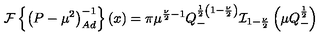
{ \cal { F } } \left\{ \left( P - { \mu } ^ { 2 } \right) _ { A d } ^ { - 1 } \right\} ( x ) = \pi { \mu } ^ { \frac { \nu } { 2 } - 1 } Q _ { - } ^ { \frac { 1 } { 2 } \left( 1 - \frac { \nu } { 2 } \right) } { \cal { I } } _ { 1 - \frac { \nu } { 2 } } \left( \mu Q _ { - } ^ { \frac { 1 } { 2 } } \right)